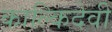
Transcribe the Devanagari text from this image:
काल्किदेवी